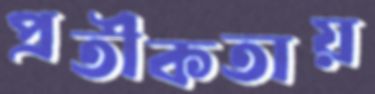
প্রতীকতায়